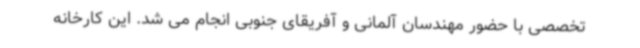
تخصصی با حضور مهندسان آلمانی و آفریقای جنوبی انجام می شد. این کارخانه